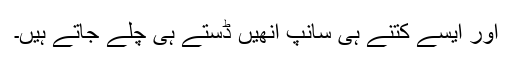
اور ایسے کتنے ہی سانپ انھیں ڈستے ہی چلے جاتے ہیں۔